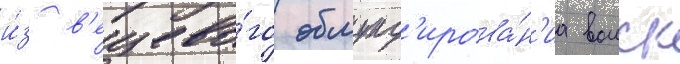
и́з в'ещево́го обмунд'ирова́н'иа воиск